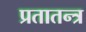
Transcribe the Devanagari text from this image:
प्रतातन्त्र